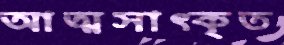
আত্মসাত্কৃত